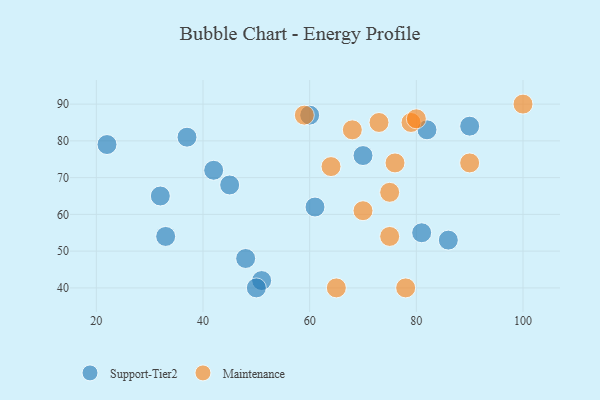
{"axis": {"x": "GDP", "y": "Life Expectancy"}, "legend": ["Maintenance", "Support-Tier2"], "data": [{"x": "22", "y": 79, "type": "Support-Tier2"}, {"x": "82", "y": 83, "type": "Support-Tier2"}, {"x": "32", "y": 65, "type": "Support-Tier2"}, {"x": "61", "y": 62, "type": "Support-Tier2"}, {"x": "48", "y": 48, "type": "Support-Tier2"}, {"x": "37", "y": 81, "type": "Support-Tier2"}, {"x": "86", "y": 53, "type": "Support-Tier2"}, {"x": "51", "y": 42, "type": "Support-Tier2"}, {"x": "45", "y": 68, "type": "Support-Tier2"}, {"x": "42", "y": 72, "type": "Support-Tier2"}, {"x": "90", "y": 84, "type": "Support-Tier2"}, {"x": "60", "y": 87, "type": "Support-Tier2"}, {"x": "33", "y": 54, "type": "Support-Tier2"}, {"x": "50", "y": 40, "type": "Support-Tier2"}, {"x": "81", "y": 55, "type": "Support-Tier2"}, {"x": "70", "y": 76, "type": "Support-Tier2"}, {"x": "79", "y": 85, "type": "Maintenance"}, {"x": "68", "y": 83, "type": "Maintenance"}, {"x": "100", "y": 90, "type": "Maintenance"}, {"x": "75", "y": 54, "type": "Maintenance"}, {"x": "59", "y": 87, "type": "Maintenance"}, {"x": "64", "y": 73, "type": "Maintenance"}, {"x": "73", "y": 85, "type": "Maintenance"}, {"x": "65", "y": 40, "type": "Maintenance"}, {"x": "90", "y": 74, "type": "Maintenance"}, {"x": "75", "y": 66, "type": "Maintenance"}, {"x": "76", "y": 74, "type": "Maintenance"}, {"x": "80", "y": 86, "type": "Maintenance"}, {"x": "70", "y": 61, "type": "Maintenance"}, {"x": "78", "y": 40, "type": "Maintenance"}]}